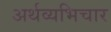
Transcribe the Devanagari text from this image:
अर्थव्यभिचार